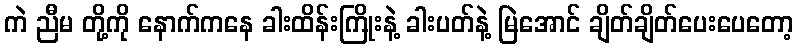
ကဲ ညီမ တို့ကို နောက်ကနေ ခါးထိန်းကြိုးနဲ့ ခါးပတ်နဲ့ မြဲအောင် ချိတ်ချိတ်ပေးပေတော့